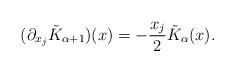
LaTeX: \begin{align*}(\partial_{x_{j}}\tilde{K}_{\alpha+1})(x)=-\frac{x_{j}}{2}\tilde{K}_{\alpha}(x).\end{align*}